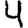
Digit: 4